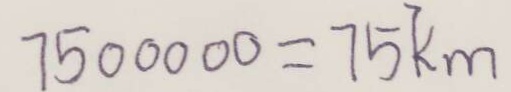
7 5 0 0 0 0 0 = 7 5 k m